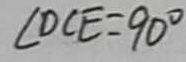
\angle D C E = 9 0 ^ { \circ }